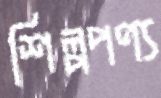
শিল্পপণ্য